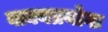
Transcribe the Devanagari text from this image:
वाक्यप्रयोगः